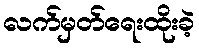
လက်မှတ်ရေးထိုးခဲ့